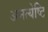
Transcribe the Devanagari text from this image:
अनत्येष्टि